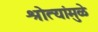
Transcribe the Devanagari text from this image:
श्रोत्यांमुळे